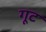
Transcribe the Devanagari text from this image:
गूट